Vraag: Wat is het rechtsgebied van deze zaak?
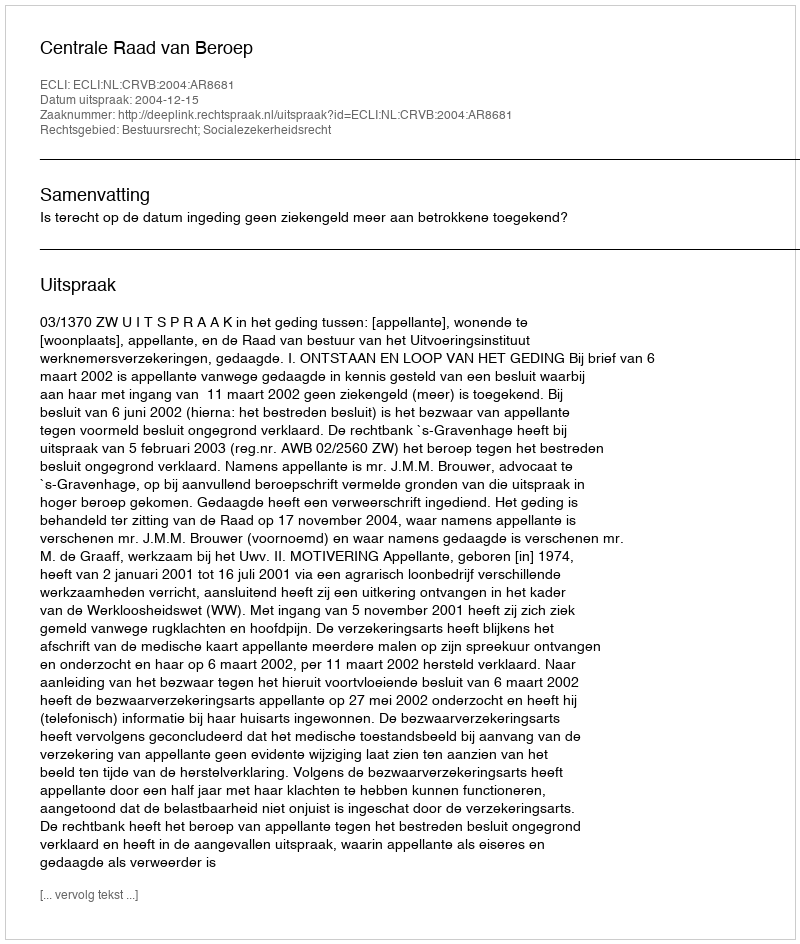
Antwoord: Bestuursrecht; Socialezekerheidsrecht